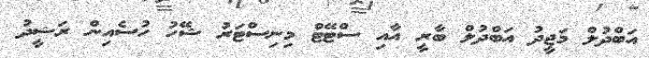
އަބްދުލް މަޖީދު އަބްދުލް ބާރީ އާއި ސްޓޭޓް މިނިސްޓަރު ޝޭހު ހުސެއިން ރަޝީދު